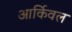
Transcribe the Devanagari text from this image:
आर्किवल